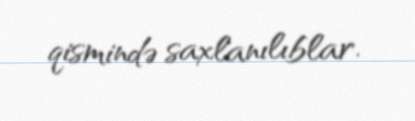
qismində saxlanılıblar.